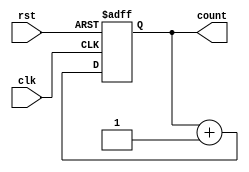
module counter (
    input wire clk,
    input wire rst,
    output reg [7:0] count
);

// Behavioral modeling block to store current count value
always @(posedge clk or posedge rst)
begin
    if (rst)
        count <= 0;
    else
        count <= count + 1;
end

endmodule